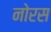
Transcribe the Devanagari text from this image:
नोरस